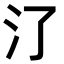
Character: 𣱾